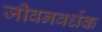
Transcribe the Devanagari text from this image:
जीवनवर्धक